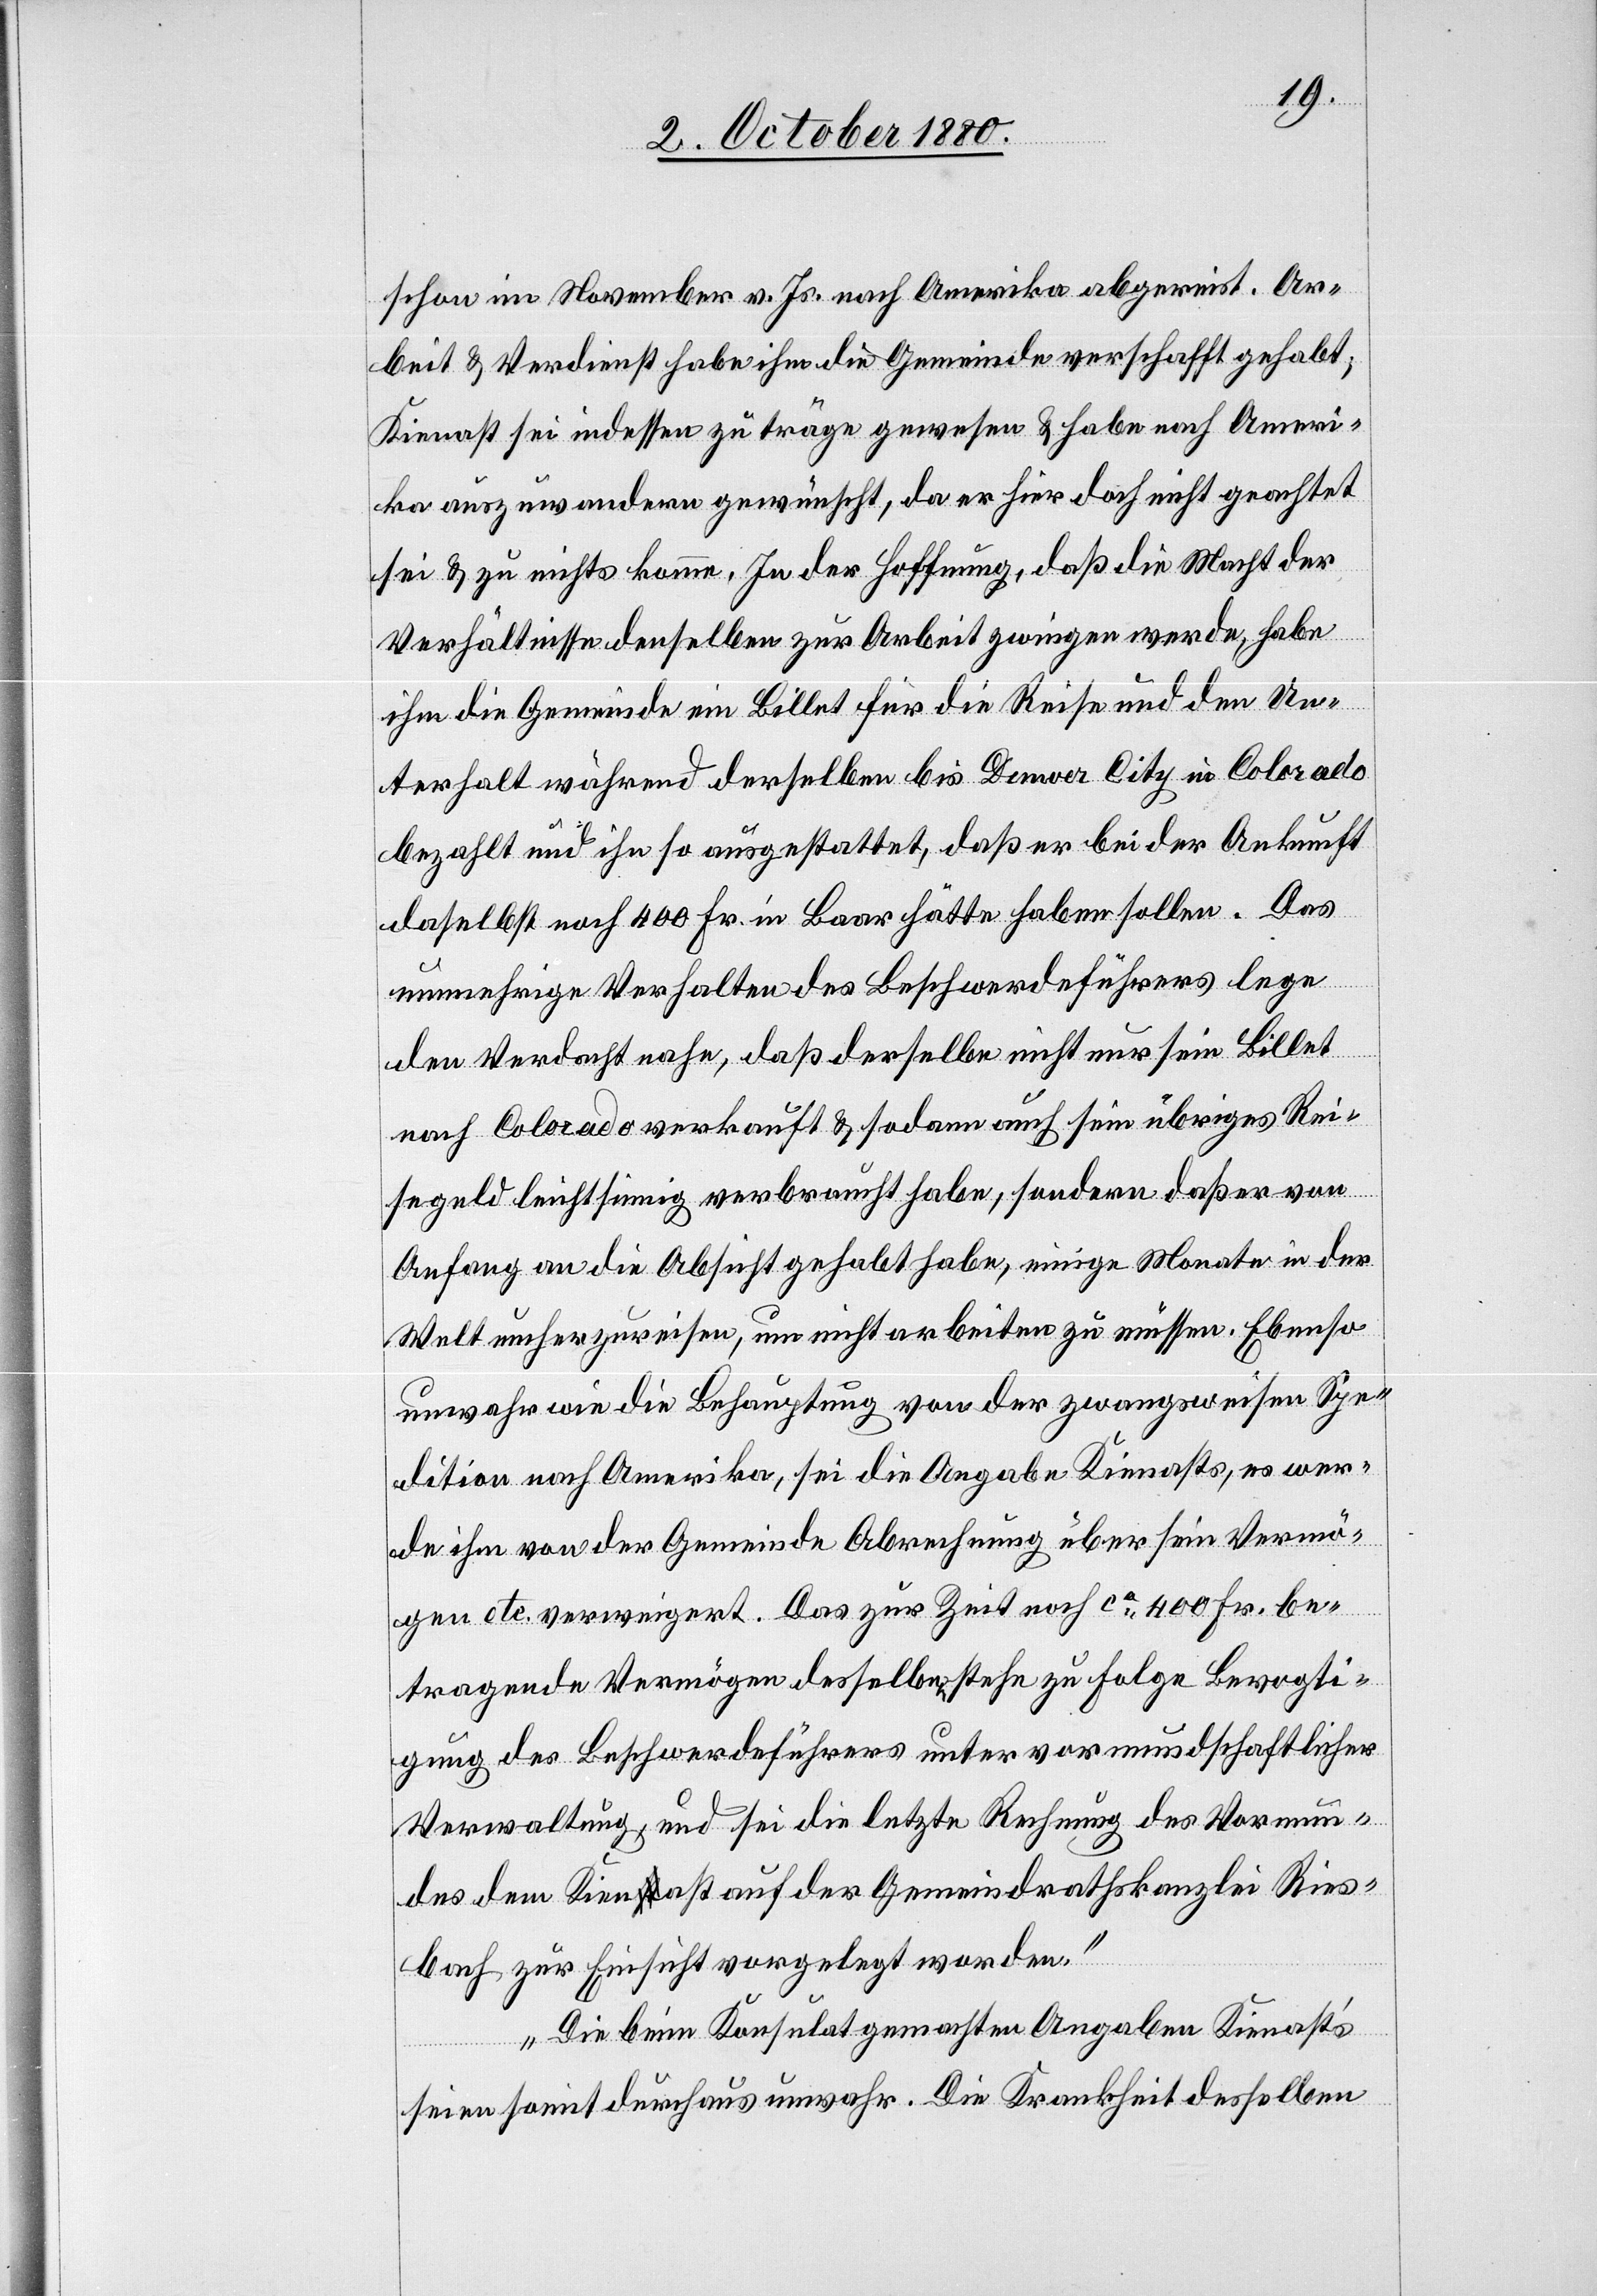
schon im November v. Js. nach Amerika abgereist. Ar¬
beit & Verdienst habe ihm die Gemeinde verschafft gehabt;
Kienast sei indessen zu träge gewesen & habe nach Ameri¬
ka auszuwandern gewünscht, da er hier doch nicht geachtet
sei & zu nichts komme. In der Hoffnung, daß die Macht der
Verhältnisse denselben zur Arbeit zwingen werde, habe
ihm die Gemeinde ein Billet für die Reise und den Un¬
terhalt während derselben bis Denver City in Colorado
bezahlt und ihn so ausgestattet, daß er bei der Ankunft
daselbst noch 400 Fr. in Baar hätte haben sollen. Das
nunmehrige Verhalten des Beschwerdeführers lege
den Verdacht nahe, daß derselbe nicht nur sein Billet
nach Colorado verkauft habe, sondern daß er von Anfang an die
Welt umherzureisen, um nicht arbeiten zu müssen. Ebenso
unwahr wie die Behauptung von der zwangsweisen Spe¬
dition nach Amerika, sei die Angabe Kienasts, es wer¬
de ihm von der Gemeinde Abrechnung über sein Vermö¬
gen etc. verweigert. Das zur Zeit noch ca 400 Fr. be¬
tragende Vermögen desselben stehe zu Folge Bevogti¬
gung des Beschwerdeführers unter vormundschaftlicher
Verwaltung, und sei die letzte Rechnung des Vormun¬
des dem Kienast auf der Gemeindrathskanzlei Ries¬
bach zur Einsicht vorgelegt worden.
Die beim Konsulat gemachten Angaben Kienast’s
seien somit durchaus unwahr. Die Krankheit desselben